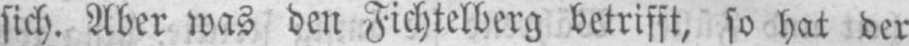
sich. Aber was den Fichtelberg betrifft, so hat der